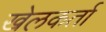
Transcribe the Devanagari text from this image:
खेलकर्ता